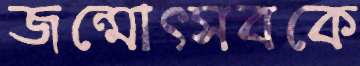
জন্মোত্সবকে